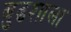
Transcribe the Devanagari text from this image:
बुढशाला